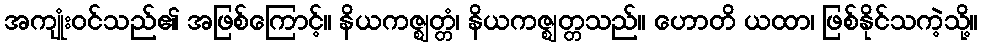
အကျုံးဝင်သည်၏ အဖြစ်ကြောင့်။ နိယကဇ္ဈတ္တံ၊ နိယကဇ္ဈတ္တသည်။ ဟောတိ ယထာ၊ ဖြစ်နိုင်သကဲ့သို့။